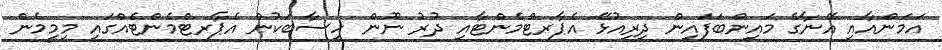
އަމަންއާއި އޭނާގެ މައިންބަފައިން ދިރިއުޅޭ އެޕާރޓްމެންޓާއި ދުރު ނޫން ހިސާބަކުން އެޕާރޓްމެންޓެއްގައި މިމީމެން